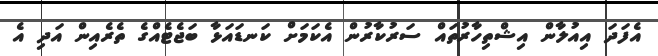
އެފަދަ އިއުލާން އިޝްތިހާރުތައް ސަރުކާރުން އެކަމަށް ކަނޑައަޅާ ބަޖެޓެއްގެ ތެރެއިން އަދި އެ